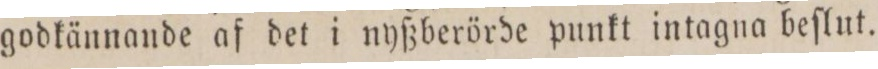
godkännande af det i nyßberörde punkt intagna beſlut.